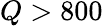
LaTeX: Q>800